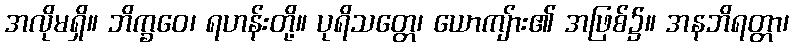
အလိုမရှိ။ ဘိက္ခဝေ၊ ရဟန်းတို့။ ပုရိသတ္တေ၊ ယောကျ်ား၏ အဖြစ်၌။ အနဘိရတ္တာ၊